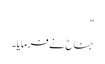
"
جناح ؒ نے فرمایا۔